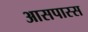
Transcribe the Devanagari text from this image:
आसपास्स